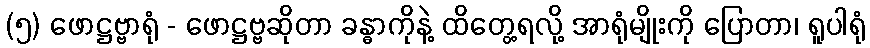
(၅) ဖောဋ္ဌဗ္ဗာရုံ - ဖောဋ္ဌဗ္ဗဆိုတာ ခန္ဓာကိုနဲ့ ထိတွေ့ရလို့ အာရုံမျိုးကို ပြောတာ၊ ရူပါရုံ